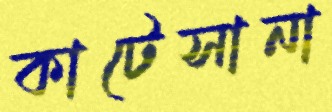
কাটেসানা